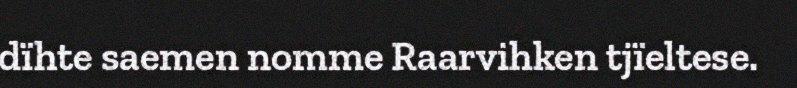
dïhte saemen nomme Raarvihken tjïeltese.